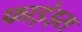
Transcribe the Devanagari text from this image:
फाइंड्स